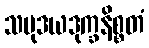
သမုဒယဒုက္ခနိစ္စတံ